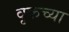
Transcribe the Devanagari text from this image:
वृकच्या